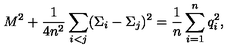
M ^ { 2 } + { \frac { 1 } { 4 n ^ { 2 } } } \sum _ { i < j } ( \Sigma _ { i } - \Sigma _ { j } ) ^ { 2 } = { \frac { 1 } { n } } \sum _ { i = 1 } ^ { n } q _ { i } ^ { 2 } ,